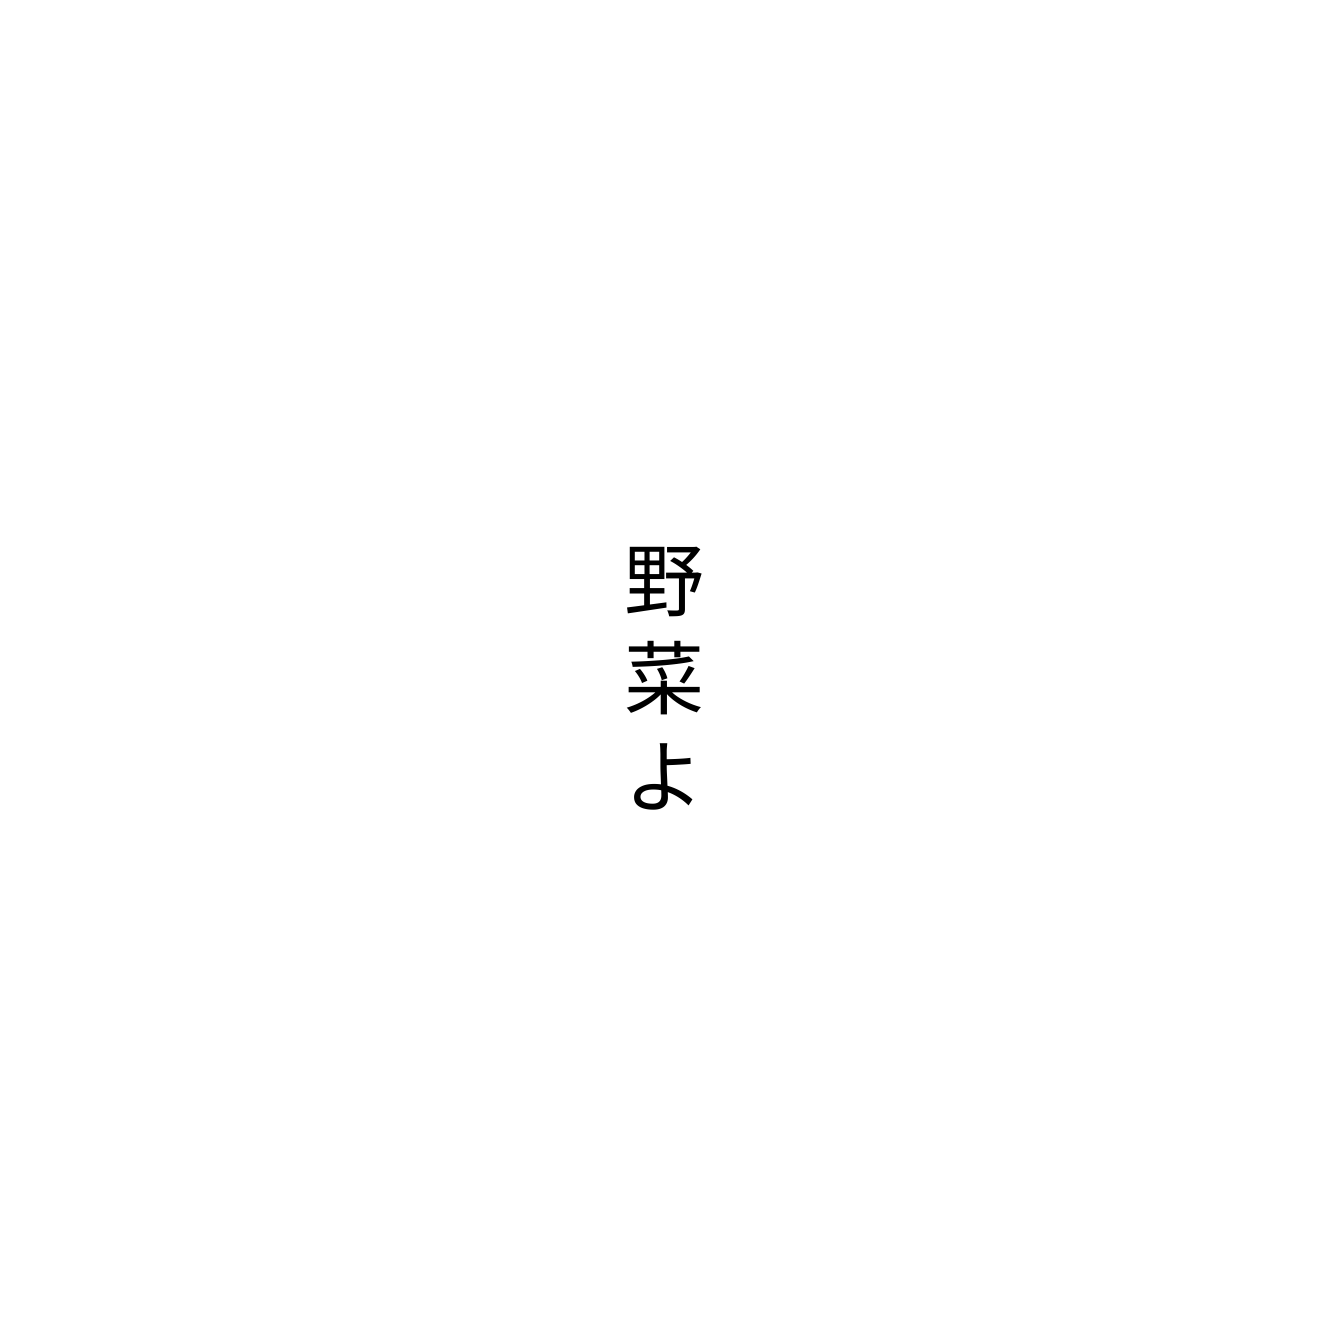
野菜よ